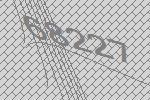
68227